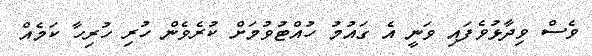
ވެސް ވިދާޅުވެފައި ވަނީ އެ ގައުމު ހުއްޓުވުމަށް ކުރެވެން ހުރި ހުރިހާ ކަމެއް